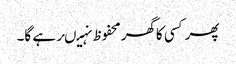
پھرکسی کاگھرمحفوظ نہیںرہے گا۔